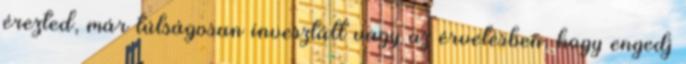
érezted, már túlságosan invesztált vagy az érvelésben, hogy engedj